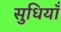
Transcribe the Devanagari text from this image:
सुधियाँ